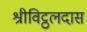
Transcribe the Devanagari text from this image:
श्रीविट्ठलदास